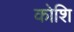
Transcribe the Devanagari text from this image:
कोशि